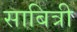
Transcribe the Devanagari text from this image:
साबित्री